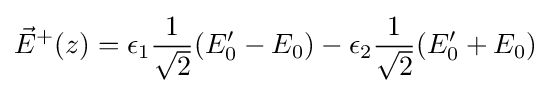
{\vec {E}}^{+}(z)=\epsilon _{1}{\frac {1}{\sqrt {2}}}(E_{0}'-E_{0})-\epsilon _{2}{\frac {1}{\sqrt {2}}}(E_{0}'+E_{0})